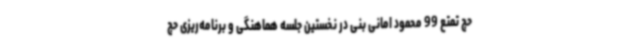
حج تمتع 99 محمود امانی بنی در نخستین جلسه هماهنگی و برنامه‌ریزی حج